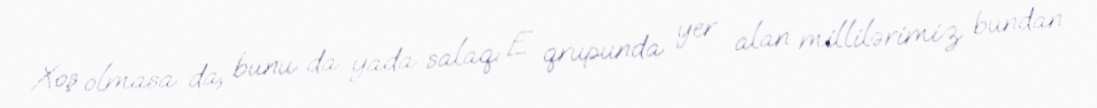
Xoş olmasa da, bunu da yada salaq: E qrupunda yer alan millilərimiz bundan